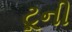
ટૂની